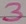
Text: 3